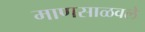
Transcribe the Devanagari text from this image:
माणसाळवले